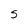
Character: S